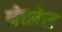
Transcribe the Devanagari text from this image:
नेत्त्लेस